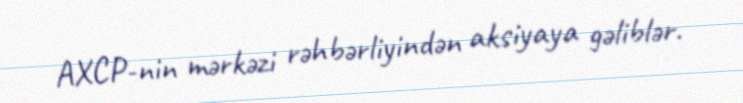
AXCP-nin mərkəzi rəhbərliyindən aksiyaya gəliblər.